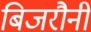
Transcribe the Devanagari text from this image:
बिजरौनी